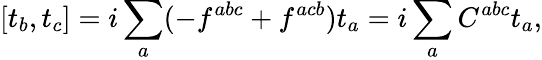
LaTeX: [t_{b},t_{c}]=i\sum_{a}(-f^{abc}+f^{acb})t_{a}=i\sum_{a}C^{abc}t_{a},